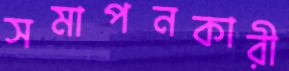
সমাপনকারী